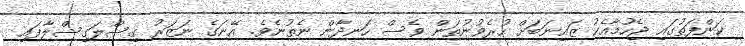
ކަންފަތުގައި ޖެހުމާއެކު ޒައިނަބަށް ހުރެވުނުތަން ވެސް ހަނދާން ނެތުނެވެ. އޭނަގެ ނަޒަރު ގިސްލަގިސްލާފައި